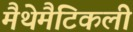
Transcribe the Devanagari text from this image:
मैथेमैटिकली